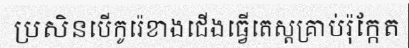
ប្រសិនបើកូរ៉េខាងជើងធ្វើតេស្តគ្រាប់រ៉ុក្កែត